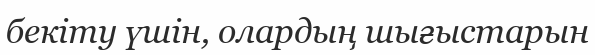
бекіту үшін, олардың шығыстарын